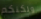
ولكنكم